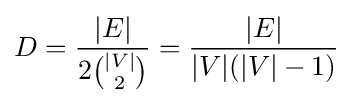
D={\frac {|E|}{2{\binom {|V|}{2}}}}={\frac {|E|}{|V|(|V|-1)}}